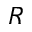
R